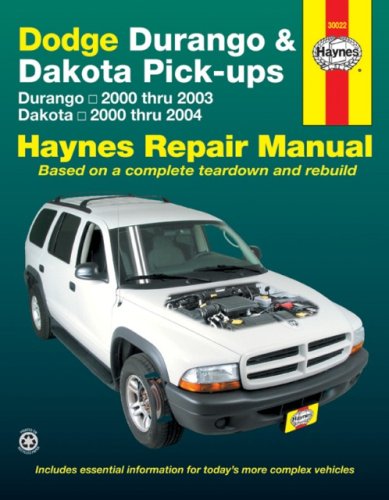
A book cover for Dodge Durango & Dakota Pick-ups: Durango 2000 thru 2003 Dakota 2000 thru 2004 (Hayne's Automotive Repair Manual); Engineering & Transportation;